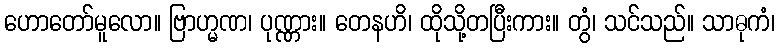
ဟောတော်မူလော။ ဗြာဟ္မဏ၊ ပုဏ္ဏား။ တေနဟိ၊ ထိုသို့တပြီးကား။ တွံ၊ သင်သည်။ သာဓုကံ၊